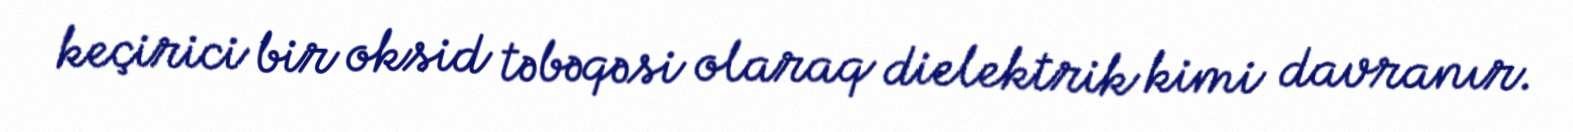
keçirici bir oksid təbəqəsi olaraq dielektrik kimi davranır.